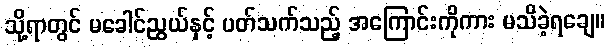
သို့ရာတွင် မခေါင်ညွယ်နှင့် ပတ်သက်သည့် အကြောင်းကိုကား မသိခဲ့ရချေ။